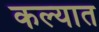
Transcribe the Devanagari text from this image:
कल्यात